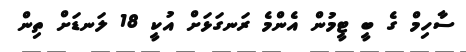
ސާހިމް ގެ ބީ ޓީމުން އެންމެ ރަނގަޅަށް އުކީ 18 ލަނޑަށް ތިން